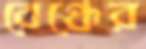
বেঞ্চের